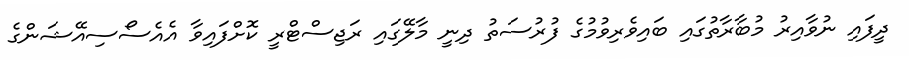
ދީފައި ނުވާއިރު މުބާރާތުގައި ބައިވެރިވުމުގެ ފުރުސަތު ދިނީ މާލޭގައި ރަޖިސްޓްރީ ކޮށްފައިވާ އެއެސޯސިއޭޝަންގެ